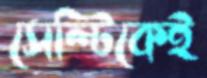
সেল্টিকেই